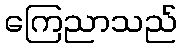
ကြေညာသည်